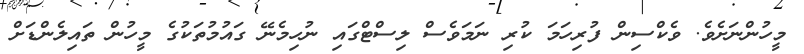
މީހުންނަށެވެ. ވެކްސިން ފުރިހަމަ ކުރި ނަމަވެސް ލިސްޓްގައި ނުހިމެނޭ ގައުމުތަކުގެ މީހުން ތައިލެންޑަށް